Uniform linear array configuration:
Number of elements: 4
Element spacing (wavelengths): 1
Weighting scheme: cosine
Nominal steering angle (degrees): -15
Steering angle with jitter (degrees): -15.14
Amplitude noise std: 0.05
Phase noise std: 0.05

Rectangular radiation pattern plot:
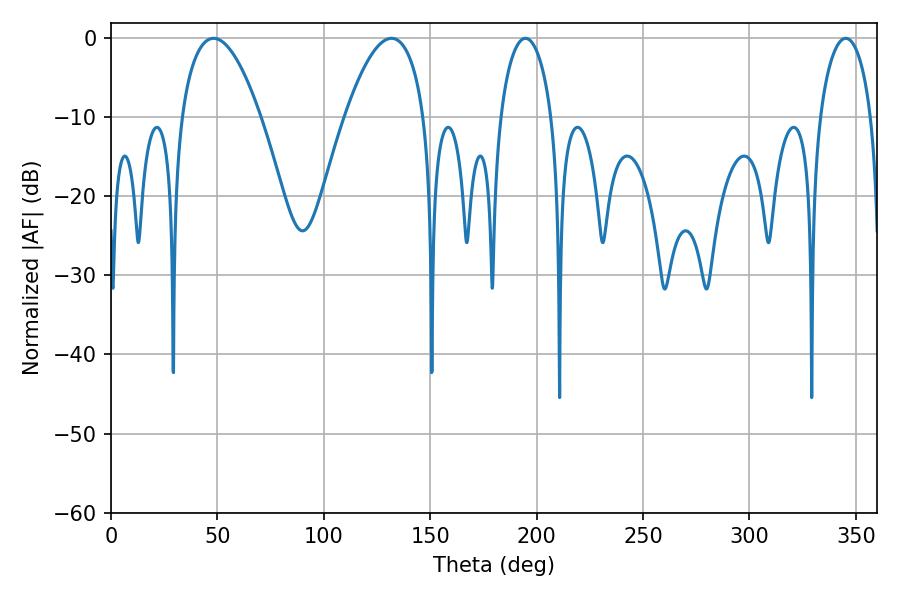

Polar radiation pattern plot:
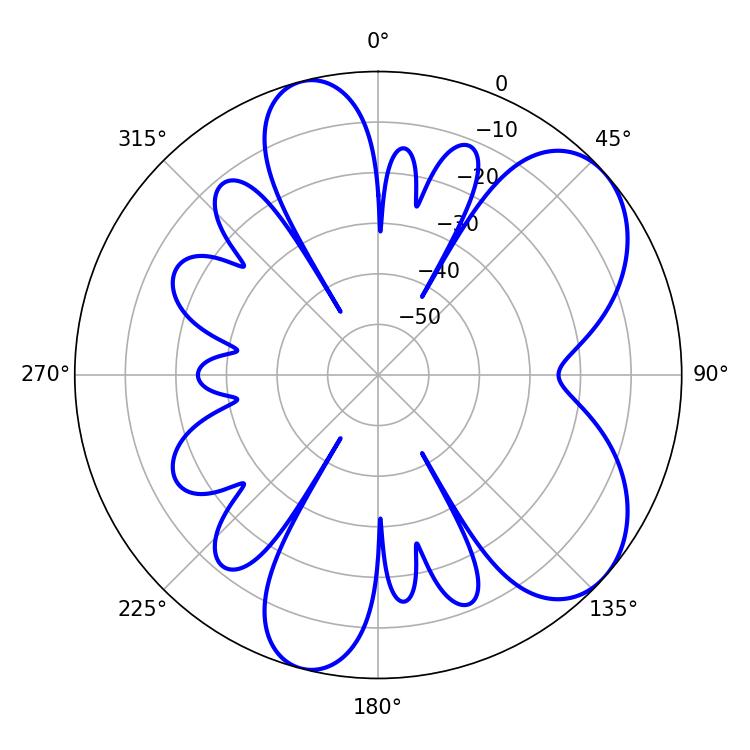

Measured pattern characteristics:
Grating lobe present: TRUE
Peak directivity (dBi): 6.638
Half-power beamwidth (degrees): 13.86
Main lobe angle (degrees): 194.76